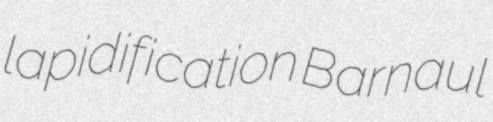
lapidification Barnaul